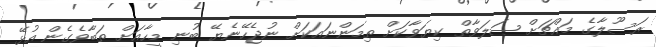
ރަސޫލާގެ މައްޗަށް ޞަލަވާތް ކިޔަވާކަށް ތިމަންނައަކަށް ނުޖެހޭނެޔޭ ބުނި މީހާއަށް ތަބާވެގެން އުޅޭ